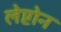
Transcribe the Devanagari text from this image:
लेप्टोन